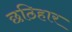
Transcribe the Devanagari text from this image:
छठिहार